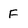
Character: F